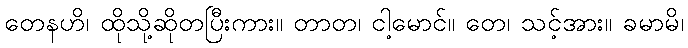
တေနဟိ၊ ထိုသို့ဆိုတပြီးကား။ တာတ၊ ငါ့မောင်။ တေ၊ သင့်အား။ ခမာမိ၊